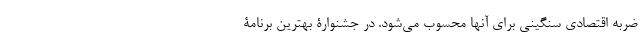
ضربه اقتصادی سنگینی برای آنها محسوب می‌شود. در جشنوارۀ بهترین برنامۀ